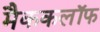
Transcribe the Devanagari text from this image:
मैककलॉफ